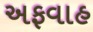
અફવાહ